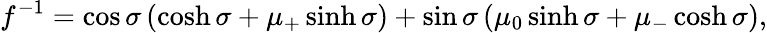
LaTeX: f^{-1}=\cos\sigma\left(\cosh\sigma+\mu_{+}\sinh\sigma\right)+\sin\sigma\left(\mu_{0}\sinh\sigma+\mu_{-}\cosh\sigma\right),